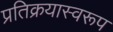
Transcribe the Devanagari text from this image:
प्रतिक्रयास्वरूप